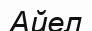
Айел